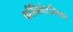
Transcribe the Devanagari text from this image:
काँबिनेटरियल